Vaccination in Bombay 1863-1868 - 1863-1868
Year: 1863
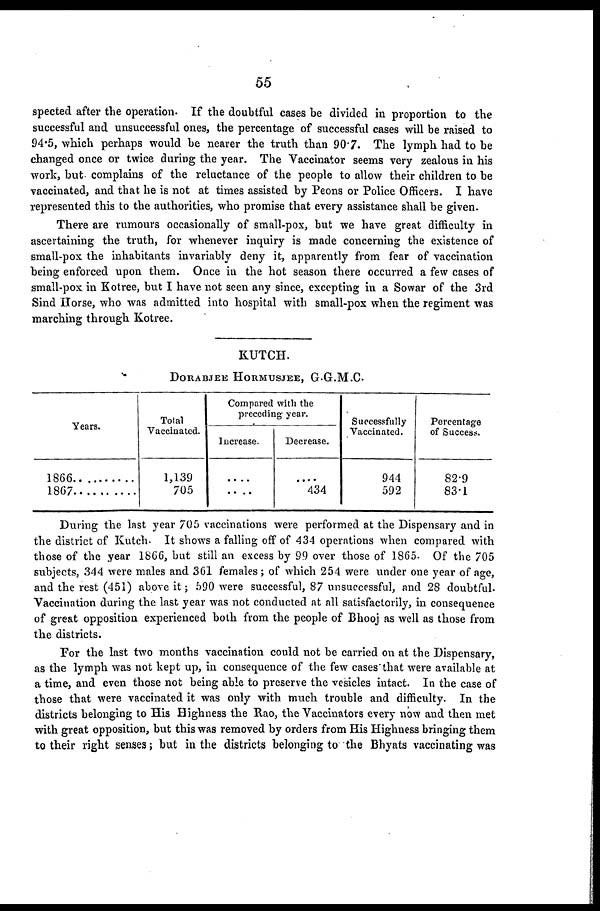
55
spected after the operation. If the doubtful cases be divided in proportion to the
successful and unsuccessful ones, the percentage of successful cases will be raised to
94.5, which perhaps would be nearer the truth than 90.7. The lymph had to be
changed once or twice during the year. The Vaccinator seems very zealous in his
work, but complains of the reluctance of the people to allow their children to be
vaccinated, and that he is not at times assisted by Peons or Police Officers. I have
represented this to the authorities, who promise that every assistance shall be given.
There are rumours occasionally of small-pox, but we have great difficulty in
ascertaining the truth, for whenever inquiry is made concerning the existence of
small-pox the inhabitants invariably deny it, apparently from fear of vaccination
being enforced upon them. Once in the hot season there occurred a few cases of
small-pox in Kotree, but I have not seen any since, excepting in a Sowar of the 3rd
Sind Horse, who was admitted into hospital with small-pox when the regiment was
marching through Kotree.
KUTCH.
DORABJEE HORMUSJEE, G.G.M.C.
Years.
1866 ..........
1867 ...........
Total
Vaccinated.
1,139
705
Compared with the
preceding year.
Increase.
....
....
Decrease.
....
434
Successfully
Vaccinated.
944
592
Percentage
of Success.
82.9
83.1
During the last year 705 vaccinations were performed at the Dispensary and in
the district of Kutch. It shows a falling off of 434 operations when compared with
those of the year 1866, but still an excess by 99 over those of 1865. Of the 705
subjects, 344 were males and 361 females; of which 254 were under one year of age,
and the rest (451) above it; 590 were successful, 87 unsuccessful, and 28 doubtful.
Vaccination during the last year was not conducted at all satisfactorily, in consequence
of great opposition experienced both from the people of Bhooj as well as those from
the districts.
For the last two months vaccination could not be carried on at the Dispensary,
as the lymph was not kept up, in consequence of the few cases that were available at
a time, and even those not being able to preserve the vesicles intact. In the case of
those that were vaccinated it was only with much trouble and difficulty. In the
districts belonging to His Highness the Rao, the Vaccinators every now and then met
with great opposition, but this was removed by orders from His Highness bringing them
to their right senses; but in the districts belonging to the Bhyats vaccinating was